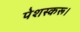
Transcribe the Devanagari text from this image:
पेशस्‍करू।